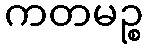
ကတမဉ္စ